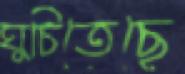
ঘুচিতেছে